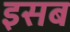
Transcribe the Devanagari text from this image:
इसब